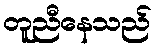
တူညီနေသည်